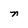
Character: n